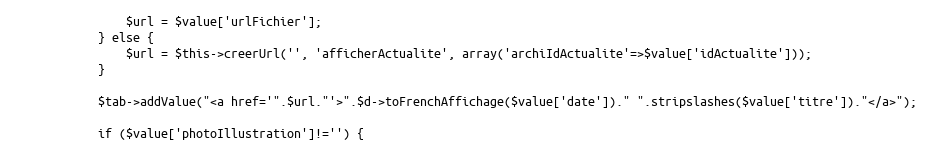
Language: PHP
				$url = $value['urlFichier'];
			} else {
				$url = $this->creerUrl('', 'afficherActualite', array('archiIdActualite'=>$value['idActualite']));
			}

			$tab->addValue("<a href='".$url."'>".$d->toFrenchAffichage($value['date'])." ".stripslashes($value['titre'])."</a>");

			if ($value['photoIllustration']!='') {